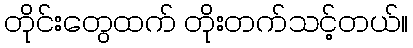
တိုင်းတွေထက် တိုးတက်သင့်တယ်။